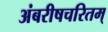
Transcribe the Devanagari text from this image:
अंबरीषचरितम्